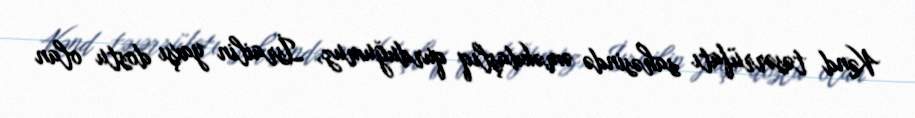
Kənd təsərrüfatı sahəsində əməkdaşlıq qurduğumuz, İsrailin yaxşı dostu olan